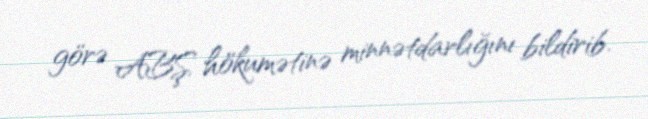
görə ABŞ hökumətinə minnətdarlığını bildirib.